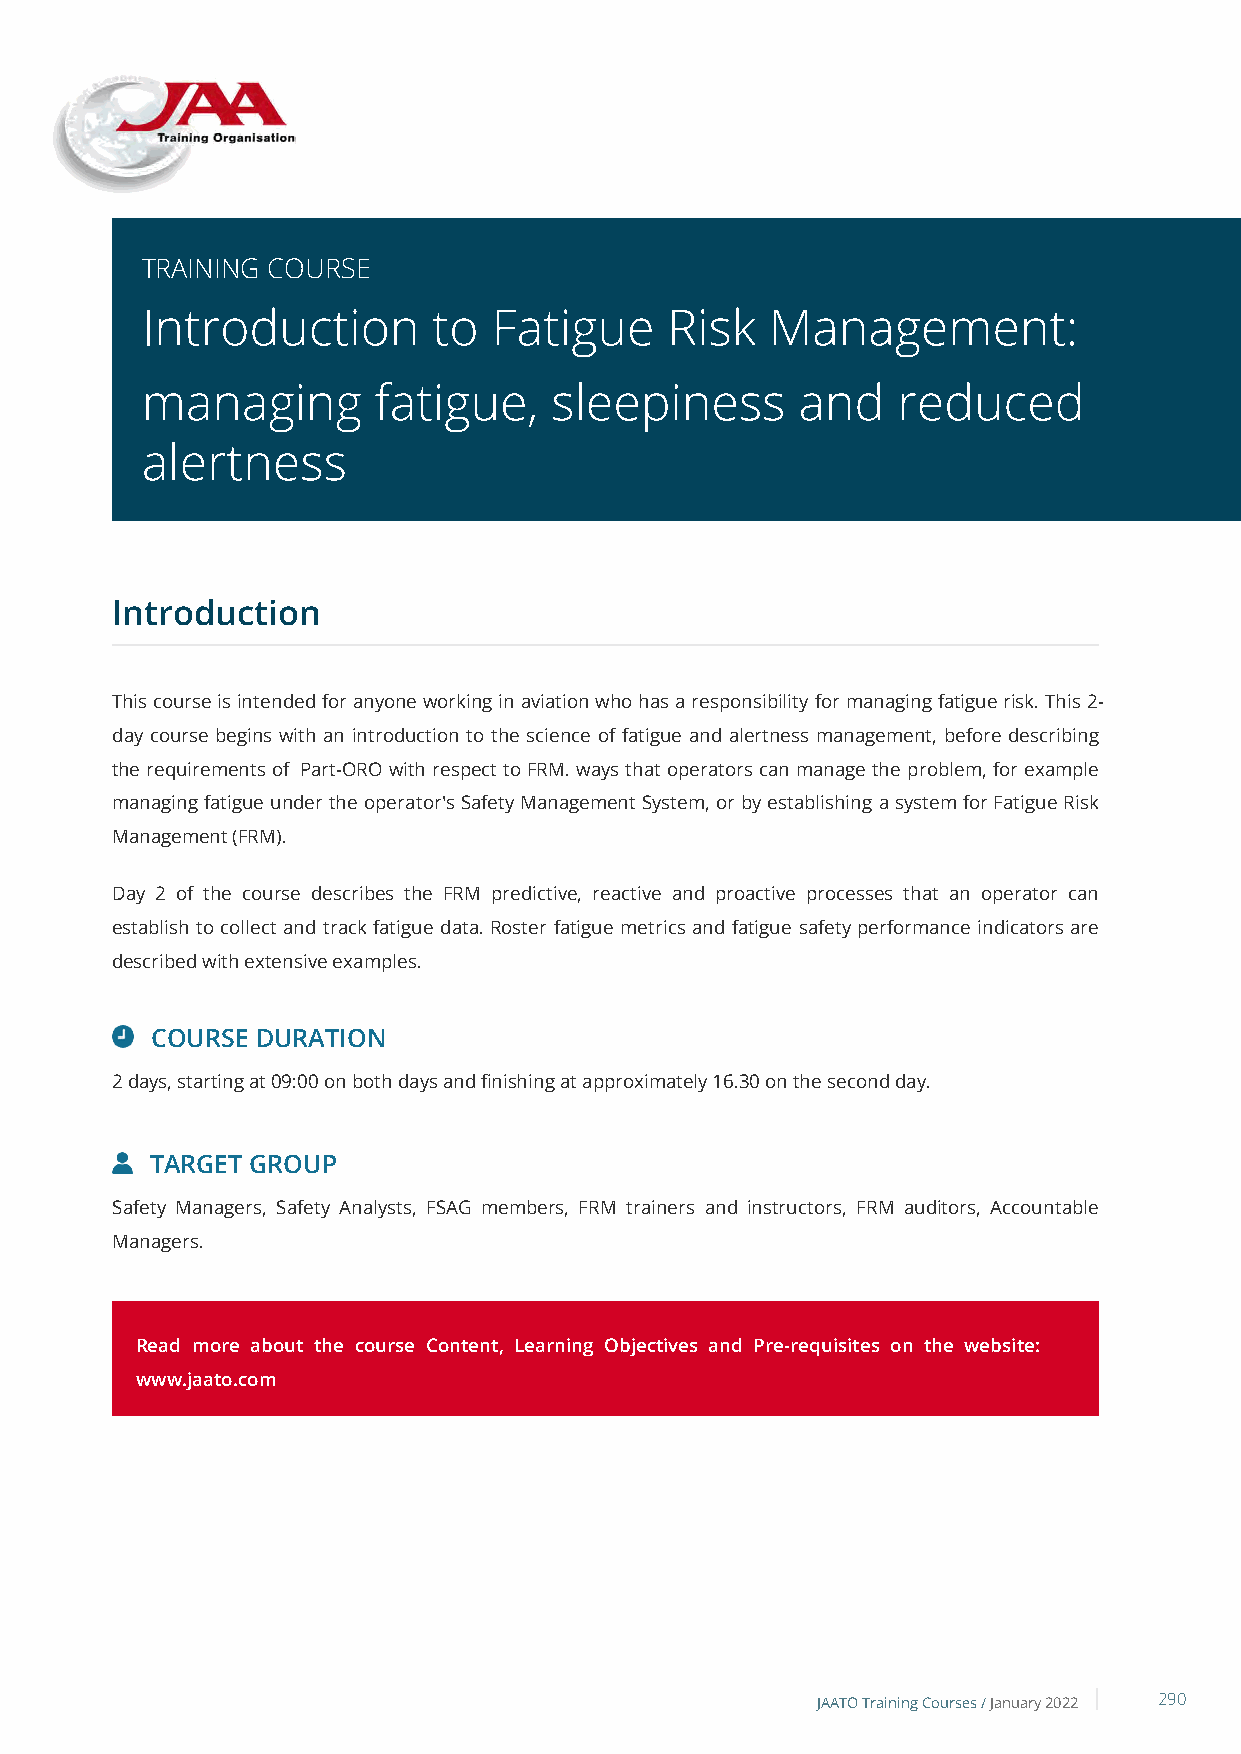
TRAINING COURSE
 Introduction        to  Fatigue    Risk   Management:
 managing        fatigue,   sleepiness       and   reduced
 alertness
 Introduction
 This course is intended for anyone working in aviation who has a responsibility for managing fatigue risk. This 2-
 day course begins with an introduction to the science of fatigue and alertness management, before describing
 the requirements of Part-ORO with respect to FRM. ways that operators can manage the problem, for example
 managing fatigue under the operator's Safety Management System, or by establishing a system for Fatigue Risk
 Management (FRM).
 Day 2 of the course describes the FRM predictive, reactive and proactive processes that an operator can
 establish to collect and track fatigue data. Roster fatigue metrics and fatigue safety performance indicators are
 described with extensive examples.
 COURSE DURATION
 2 days, starting at 09:00 on both days and finishing at approximately 16.30 on the second day.
 TARGET GROUP
 Safety Managers, Safety Analysts, FSAG members, FRM trainers and instructors, FRM auditors, Accountable
 Managers.
 Read more about the course Content, Learning Objectives and Pre-requisites on the website:
 www.jaato.com
 JAATO Training Courses /January 2022 290